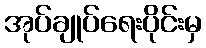
အုပ်ချုပ်ရေးပိုင်းမှ